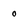
Character: 0